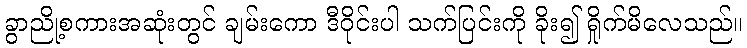
ခွာညို့စကားအဆုံးတွင် ချမ်းကော ဒီဝိုင်းပါ သက်ပြင်းကို ခိုး၍ ရှိုက်မိလေသည်။